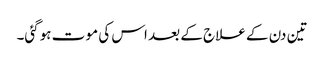
تین دن کے علاج کے بعد اس کی مو ت ہوگئی۔